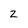
Character: Z